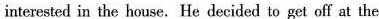
interested in the house.He decided to get off at the